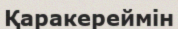
Қаракереймін